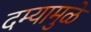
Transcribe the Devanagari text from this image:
दम्यामुळे